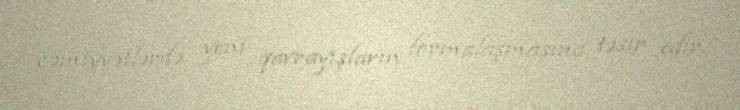
cəmiyyətlərdə yeni qavrayışların formalaşmasına təsir edir.